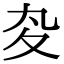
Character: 𡕞